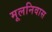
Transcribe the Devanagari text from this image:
मूलनिवास